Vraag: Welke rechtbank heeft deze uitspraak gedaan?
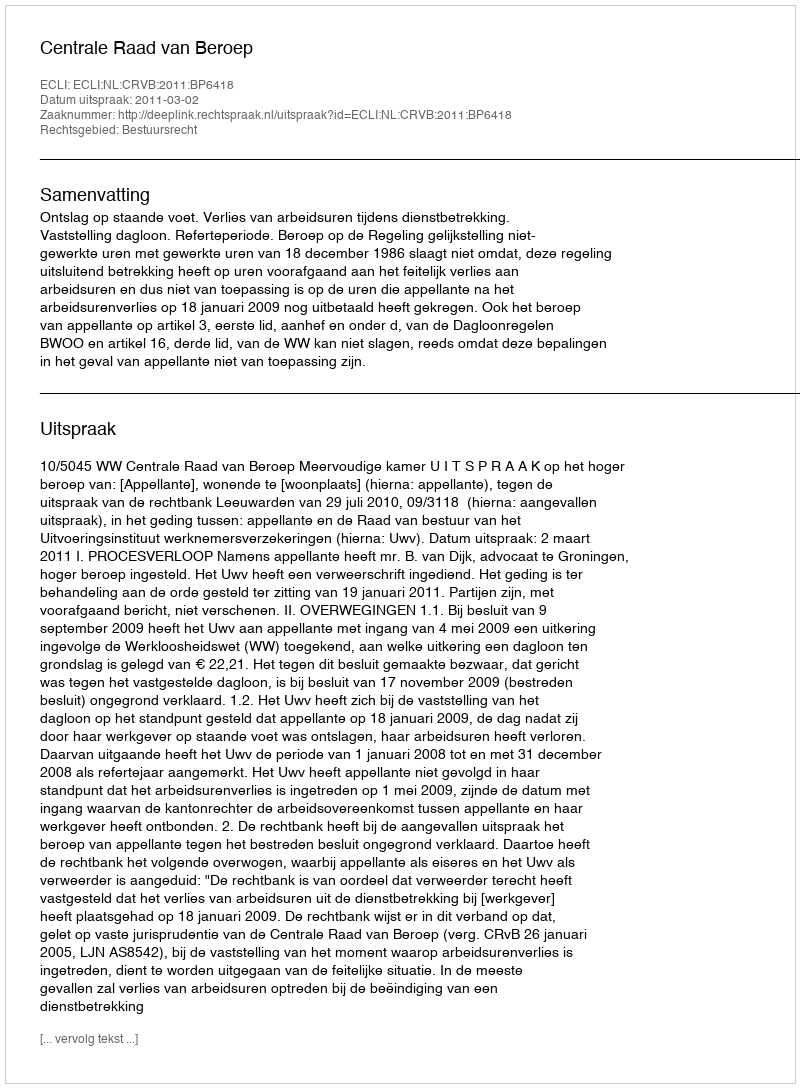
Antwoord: Centrale Raad van Beroep